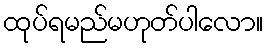
ထုပ်ရမည်မဟုတ်ပါလော။